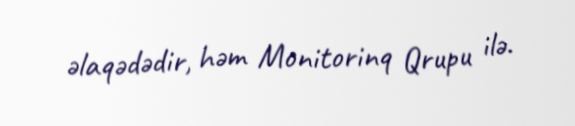
əlaqədədir, həm Monitorinq Qrupu ilə.